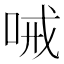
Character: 㖑